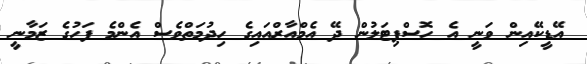
އޭޑީކޭއިން ވަނީ އެ ހޮސްޕިޓަލުން ދޭ އެމްއާރްއައިގެ ހިދުމަތްވެސް އެންމެ ފަހުގެ ޒަމާނީ